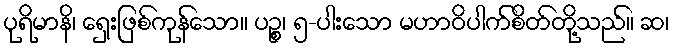
ပုရိမာနိ၊ ရှေးဖြစ်ကုန်သော။ ပဉ္စ၊ ၅-ပါးသော မဟာဝိပါက်စိတ်တို့သည်။ ဆ၊